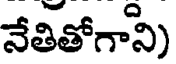
నేతితోగాని)